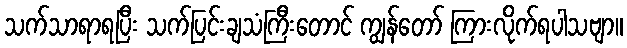
သက်သာရာရပြီး သက်ပြင်းချသံကြီးတောင် ကျွန်တော် ကြားလိုက်ရပါသဗျာ။